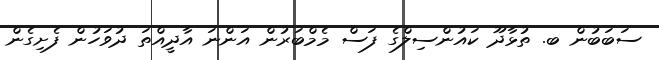
ސަބަބުން ބ. ތުޅާދޫ ކައުންސިލްގެ ފަސް މެމްބަރުން އަންނަ އާދީއްތަ ދުވަހުން ފެށިގެން